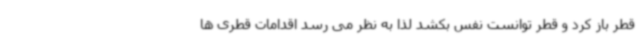
قطر باز کرد و قطر توانست نفس بکشد لذا به نظر می رسد اقدامات قطری ها